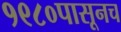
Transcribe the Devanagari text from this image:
१९८०पासूनच